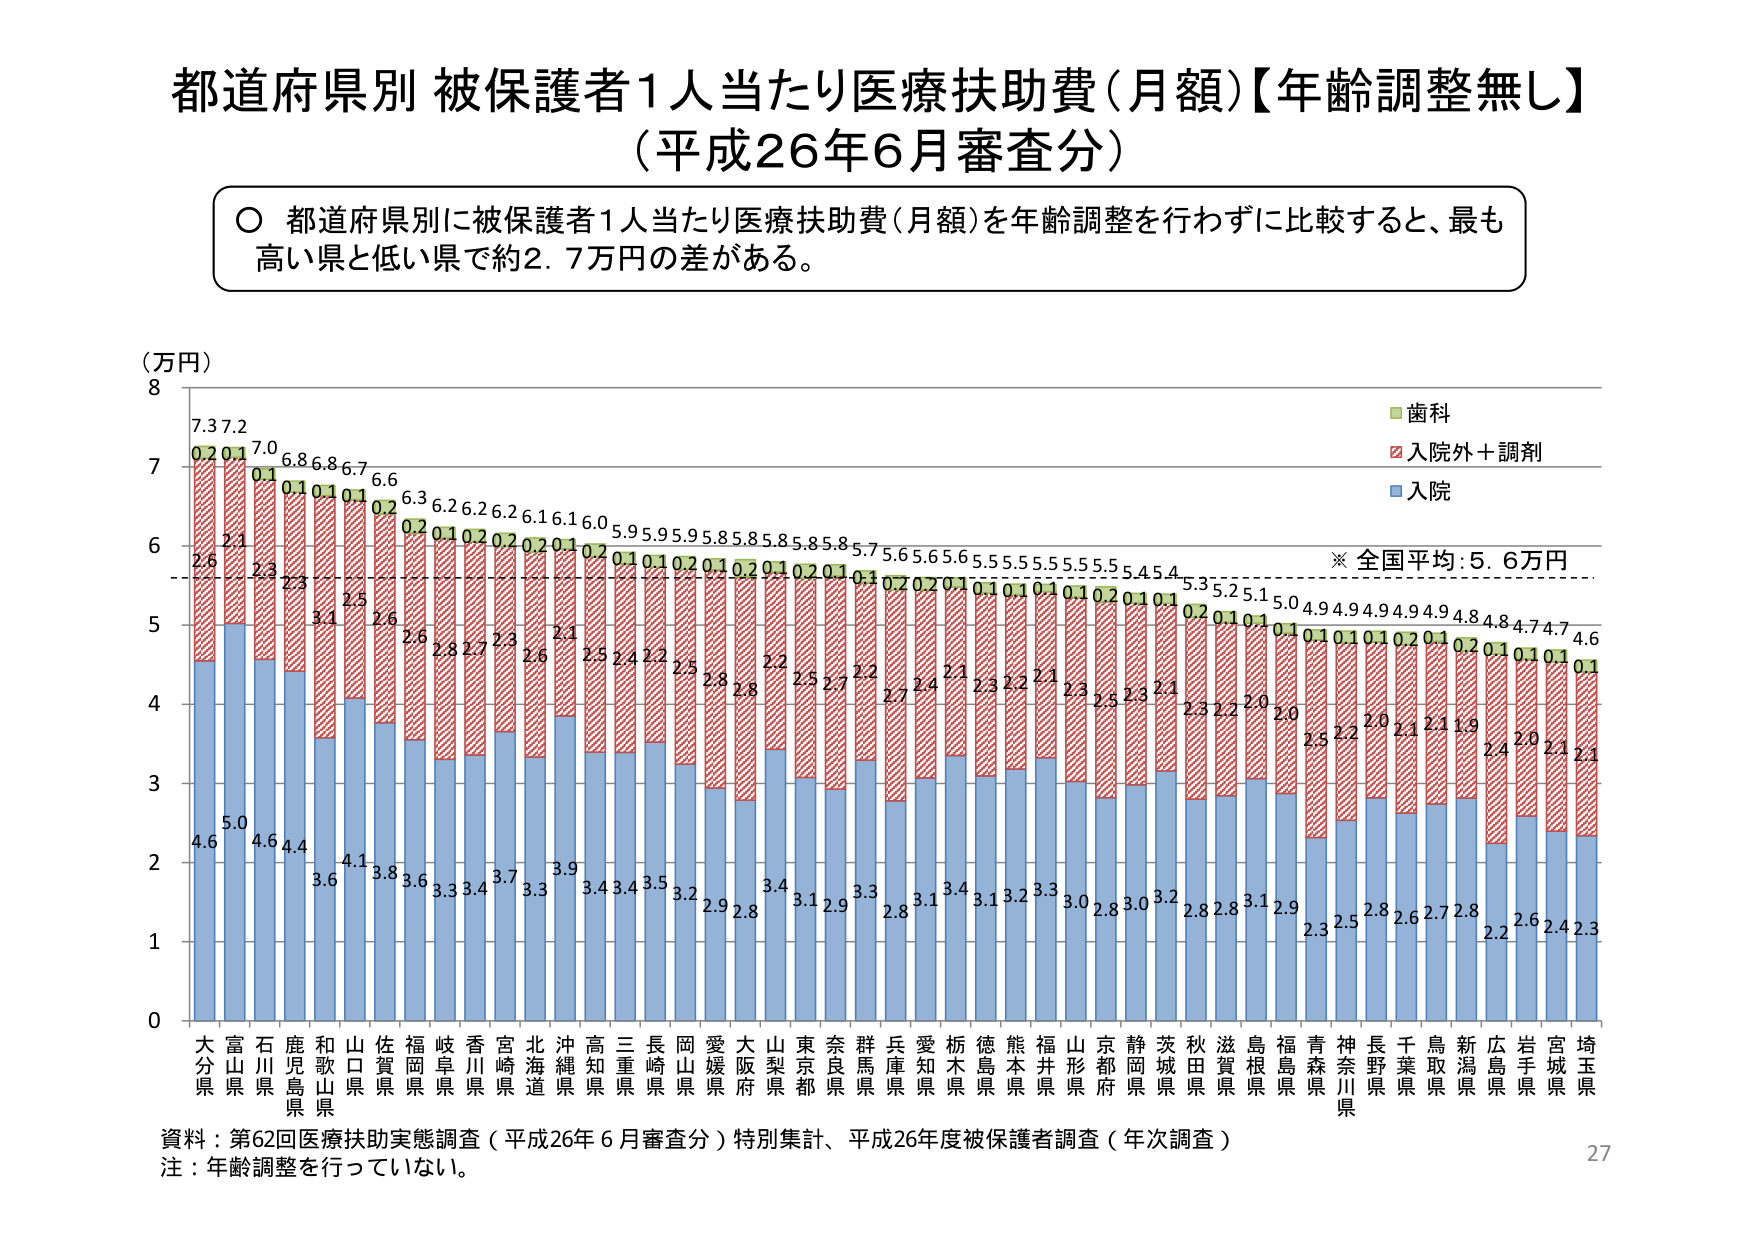
都道府県別 被保護者1人当たり医療扶助費（月額）【年齢調整無し】
（平成26年6月審査分）

○ 都道府県別に被保護者1人当たり医療扶助費（月額）を年齢調整を行わずに比較すると、最も高い県と低い県で約2.7万円の差がある。

（万円）
8
7.3 7.2
7
6.8 6.8 6.7 6.6
6.3 6.2 6.2 6.2 6.1 6.1 6.0 5.9 5.9 5.9 5.8 5.8 5.8 5.8 5.8 5.7 5.6 5.6 5.6 5.5 5.5 5.5 5.5 5.5 5.4 5.4
5.3 5.2 5.1 5.0 4.9 4.9 4.9 4.9 4.9 4.8 4.8 4.7 4.7 4.6
※ 全国平均：5.6万円
6
5
4
3
2
1
0

■ 歯科
■ 入院外＋調剤
■ 入院

大分県 7.3 0.2 2.6 4.6
富山県 7.2 0.1 2.1 5.0
石川県 7.0 0.1 2.3 4.6
鹿児島県 6.8 0.1 2.3 4.4
和歌山県 6.8 0.1 3.1 3.6
山口県 6.7 0.1 2.5 4.1
佐賀県 6.6 0.2 2.6 3.8
福岡県 6.3 0.2 2.6 3.6
岐阜県 6.2 0.1 2.8 3.3
香川県 6.2 0.2 2.7 3.4
宮崎県 6.2 0.2 2.3 3.7
北海道 6.1 0.2 2.6 3.3
沖縄県 6.1 0.1 2.1 3.9
高知県 6.0 0.2 2.5 3.4
三重県 5.9 0.1 2.4 3.4
長崎県 5.9 0.1 2.2 3.5
岡山県 5.9 0.2 2.5 3.2
愛媛県 5.8 0.1 2.8 2.9
大阪府 5.8 0.2 2.8 3.4
山梨県 5.8 0.1 2.5 3.1
東京都 5.8 0.2 2.7 2.9
奈良県 5.8 0.1 2.2 3.3
群馬県 5.7 0.3 2.7 2.8
兵庫県 5.6 0.2 2.4 3.1
愛知県 5.6 0.2 2.1 3.4
栃木県 5.6 0.1 2.3 3.1
徳島県 5.5 0.1 2.2 3.2
熊本県 5.5 0.2 2.1 3.3
福井県 5.5 0.1 2.3 3.0
山形県 5.5 0.1 2.5 2.8
京都府 5.5 0.2 2.3 3.0
静岡県 5.5 0.1 2.1 3.2
茨城県 5.4 0.1 2.3 2.8
秋田県 5.4 0.2 2.2 2.8
滋賀県 5.3 0.1 2.0 3.1
島根県 5.2 0.1 2.0 2.9
福島県 5.1 0.4 2.5 2.3
青森県 5.0 0.1 2.2 2.5
神奈川県 4.9 0.1 2.0 2.8
長野県 4.9 0.2 2.1 2.6
千葉県 4.9 0.1 2.1 2.7
鳥取県 4.9 0.2 2.0 2.8
新潟県 4.8 0.1 2.4 2.2
広島県 4.8 0.1 2.0 2.6
岩手県 4.7 0.1 2.1 2.4
宮城県 4.7 0.1 2.1 2.3
埼玉県 4.6 0.1 2.1 2.3

資料：第62回医療扶助実態調査（平成26年6月審査分）特別集計、平成26年度被保護者調査（年次調査）
注：年齢調整を行っていない。
27